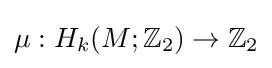
\mu :H_{k}(M;\mathbb {Z} _{2})\to \mathbb {Z} _{2}